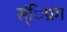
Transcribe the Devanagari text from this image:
स्ंिप्रग